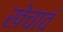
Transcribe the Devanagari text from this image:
खेचावं